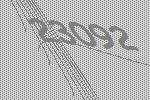
23092